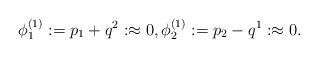
LaTeX: \begin{align*}\phi^{(1)}_{1}:=p_{1}+q^{2}:\approx0,\phi^{(1)}_{2}:=p_{2}-q^{1}:\approx0.\end{align*}